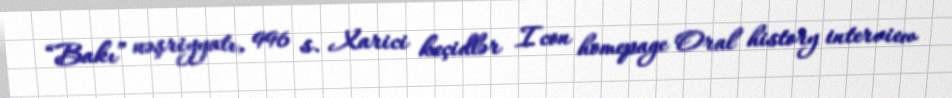
“Bakı” nəşriyyatı, 996 s. Xarici keçidlər Icon homepage Oral history interview